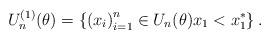
LaTeX: \begin{align*}U_n^{(1)}(\theta) = \left\{ \left( x_i \right)_{i=1}^n \in U_n(\theta) x_1 < x_1^* \right\}. \end{align*}